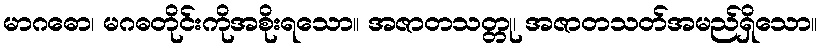
မာဂဓော၊ မဂဓတိုင်းကိုအစိုးရသော။ အဇာတသတ္တု၊ အဇာတသတ်အမည်ရှိသော။